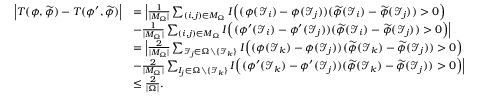
\begin{array} { r l } { \Big | T ( \phi , \widetilde { \phi } ) - T ( \phi ^ { \prime } , \widetilde { \phi } ) \Big | } & { = \Big | \frac { 1 } { | M _ { \Omega } | } \sum _ { ( i , j ) \in M _ { \Omega } } I \Big ( ( \phi ( \mathcal { I } _ { i } ) - \phi ( \mathcal { I } _ { j } ) ) ( \widetilde { \phi } ( \mathcal { I } _ { i } ) - \widetilde { \phi } ( \mathcal { I } _ { j } ) ) > 0 \Big ) } \\ & { - \frac { 1 } { | M _ { \Omega } | } \sum _ { ( i , j ) \in M _ { \Omega } } I \Big ( ( \phi ^ { \prime } ( \mathcal { I } _ { i } ) - \phi ^ { \prime } ( \mathcal { I } _ { j } ) ) ( \widetilde { \phi } ( \mathcal { I } _ { i } ) - \widetilde { \phi } ( \mathcal { I } _ { j } ) ) > 0 \Big ) \Big | } \\ & { = \Big | \frac { 2 } { | M _ { \Omega } | } \sum _ { \mathcal { I } _ { j } \in \Omega \setminus \{ \mathcal { I } _ { k } \} } I \Big ( ( \phi ( \mathcal { I } _ { k } ) - \phi ( \mathcal { I } _ { j } ) ) ( \widetilde { \phi } ( \mathcal { I } _ { k } ) - \widetilde { \phi } ( \mathcal { I } _ { j } ) ) > 0 \Big ) } \\ & { - \frac { 2 } { | M _ { \Omega } | } \sum _ { I _ { j } \in \Omega \setminus \{ \mathcal { I } _ { k } \} } I \Big ( ( \phi ^ { \prime } ( \mathcal { I } _ { k } ) - \phi ^ { \prime } ( \mathcal { I } _ { j } ) ) ( \widetilde { \phi } ( \mathcal { I } _ { k } ) - \widetilde { \phi } ( \mathcal { I } _ { j } ) ) > 0 \Big ) \Big | } \\ & { \leq \frac { 2 } { | \Omega | } . } \end{array}